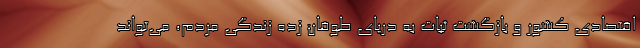
اقتصادی کشور و بازگشت ثبات به دریای طوفان زده زندگی مردم، می‌تواند